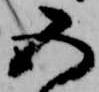
五